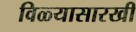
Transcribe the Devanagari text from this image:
विळ्यासारखी